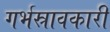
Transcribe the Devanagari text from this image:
गर्भस्रावकारी